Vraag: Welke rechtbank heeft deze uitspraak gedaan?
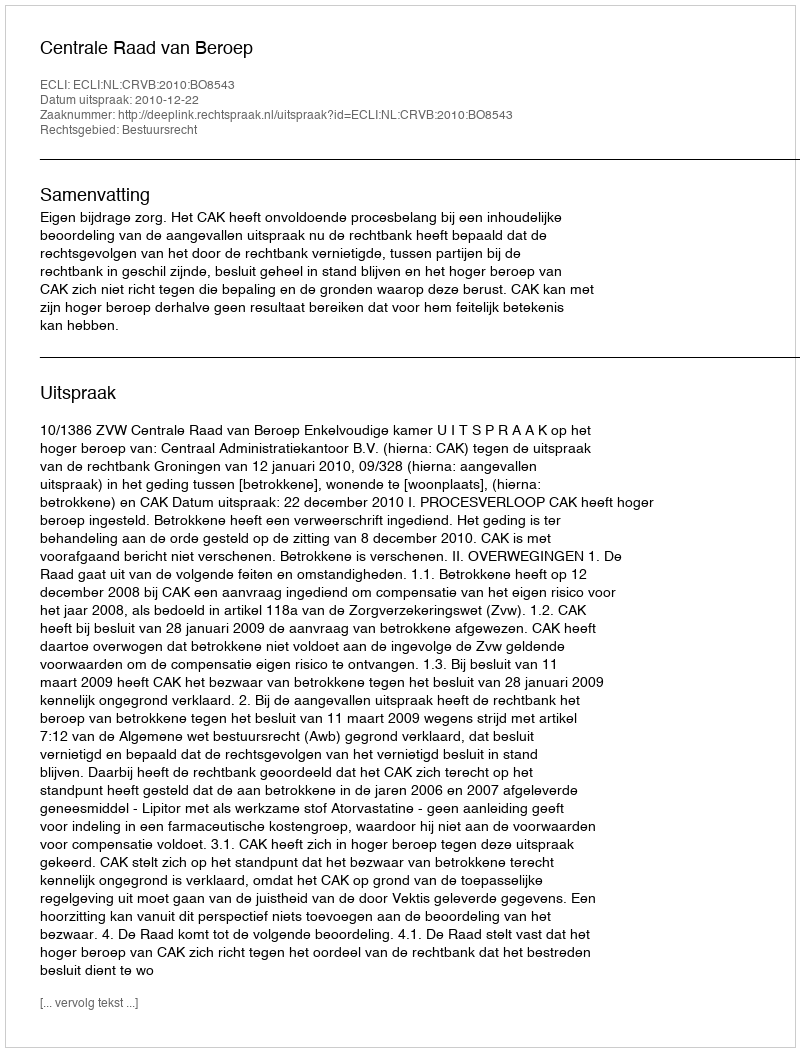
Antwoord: Centrale Raad van Beroep